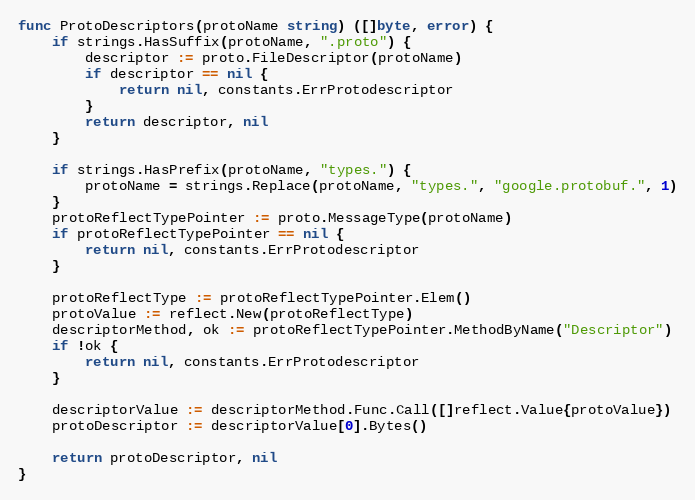
Language: Go
func ProtoDescriptors(protoName string) ([]byte, error) {
	if strings.HasSuffix(protoName, ".proto") {
		descriptor := proto.FileDescriptor(protoName)
		if descriptor == nil {
			return nil, constants.ErrProtodescriptor
		}
		return descriptor, nil
	}

	if strings.HasPrefix(protoName, "types.") {
		protoName = strings.Replace(protoName, "types.", "google.protobuf.", 1)
	}
	protoReflectTypePointer := proto.MessageType(protoName)
	if protoReflectTypePointer == nil {
		return nil, constants.ErrProtodescriptor
	}

	protoReflectType := protoReflectTypePointer.Elem()
	protoValue := reflect.New(protoReflectType)
	descriptorMethod, ok := protoReflectTypePointer.MethodByName("Descriptor")
	if !ok {
		return nil, constants.ErrProtodescriptor
	}

	descriptorValue := descriptorMethod.Func.Call([]reflect.Value{protoValue})
	protoDescriptor := descriptorValue[0].Bytes()

	return protoDescriptor, nil
}